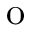
\mathrm { o }